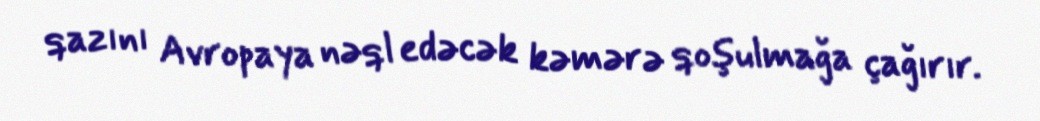
qazını Avropaya nəql edəcək kəmərə qoşulmağa çağırır.